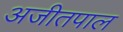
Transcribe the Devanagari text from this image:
अजीतपाल